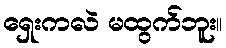
ရှေးကလဲ မထွက်ဘူး။